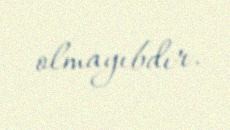
olmayıbdır.